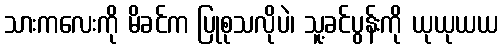
သားကလေးကို မိခင်က ပြုစုသလိုပဲ၊ သူ့ခင်ပွန်းကို ယုယုယယ